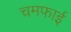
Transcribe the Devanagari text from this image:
चमफाई